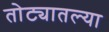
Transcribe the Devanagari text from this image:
तोट्यातल्या